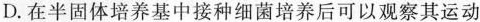
D.在半固体培养基中接种细菌培养后可以观察其运动